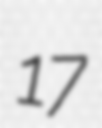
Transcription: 17